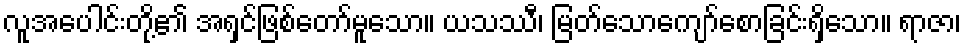
လူအပေါင်းတို့၏ အရှင်ဖြစ်တော်မူသော။ ယသဿီ၊ မြတ်သောကျော်စောခြင်းရှိသော။ ရာဇာ၊